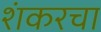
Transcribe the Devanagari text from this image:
शंकरचा